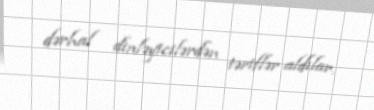
dərhal dinləyicilərdən təriflər aldılar.